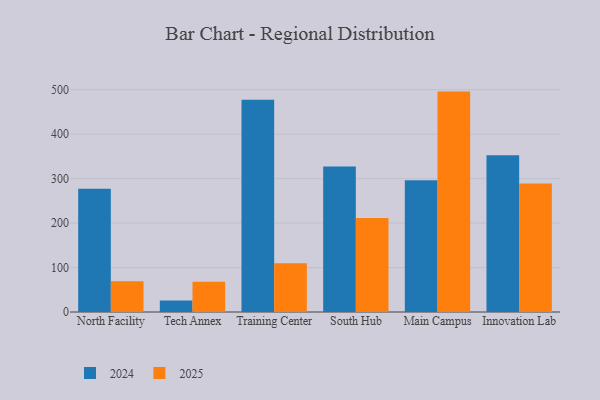
{"axis": {"x": "Campus", "y": "Conversion Rate (%)"}, "legend": ["2024", "2025"], "data": [{"x": "North Facility", "y": 69.2, "type": "2025"}, {"x": "North Facility", "y": 277.0, "type": "2024"}, {"x": "Tech Annex", "y": 68.0, "type": "2025"}, {"x": "Tech Annex", "y": 25.9, "type": "2024"}, {"x": "Training Center", "y": 109.9, "type": "2025"}, {"x": "Training Center", "y": 477.5, "type": "2024"}, {"x": "South Hub", "y": 211.3, "type": "2025"}, {"x": "South Hub", "y": 327.0, "type": "2024"}, {"x": "Main Campus", "y": 495.7, "type": "2025"}, {"x": "Main Campus", "y": 296.3, "type": "2024"}, {"x": "Innovation Lab", "y": 288.8, "type": "2025"}, {"x": "Innovation Lab", "y": 352.5, "type": "2024"}]}